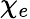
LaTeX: \chi_{e}